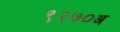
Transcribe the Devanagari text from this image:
९२७०अ